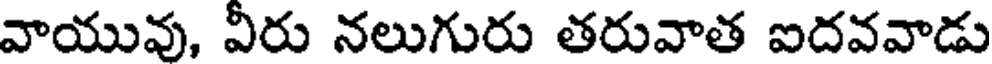
వాయువు, వీరు నలుగురు తరువాత ఐదవవాడు